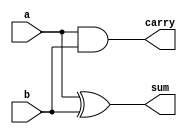
`timescale 1ns / 1ps
//////////////////////////////////////////////////////////////////////////////////
// Company: 
// Engineer: 
// 
// Design Name: 
// Module Name:    halfadder_bh 
// Project Name: 
// Target Devices: 
// Tool versions: 
// Description: 
//
// Dependencies: 
//
// Revision: 
// Revision 0.01 - File Created
// Additional Comments: 
//
//////////////////////////////////////////////////////////////////////////////////
module halfadder_bh(
    input a,b,
    output reg sum,carry
    );
always@(a,b)
begin
sum = a ^ b;
carry = a & b;
end
endmodule